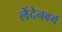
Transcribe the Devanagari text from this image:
लेंदेनबर्ग